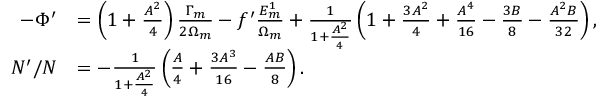
\begin{array} { r l } { - \Phi ^ { \prime } } & { = \left( 1 + \frac { A ^ { 2 } } { 4 } \right) \frac { \Gamma _ { m } } { 2 \Omega _ { m } } - f ^ { \prime } \frac { E _ { m } ^ { 1 } } { \Omega _ { m } } + \frac { 1 } { 1 + \frac { A ^ { 2 } } { 4 } } \left( 1 + \frac { 3 A ^ { 2 } } { 4 } + \frac { A ^ { 4 } } { 1 6 } - \frac { 3 B } { 8 } - \frac { A ^ { 2 } B } { 3 2 } \right) , } \\ { { \cal N } ^ { \prime } / { \cal N } } & { = - \frac { 1 } { 1 + \frac { A ^ { 2 } } { 4 } } \left( \frac { A } { 4 } + \frac { 3 A ^ { 3 } } { 1 6 } - \frac { A B } { 8 } \right) . } \end{array}